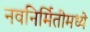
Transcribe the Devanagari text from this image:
नवनिर्मितीमध्‍ये